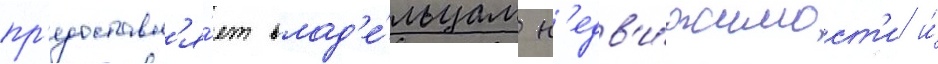
пр'едоставл'я́ет влад'е́льцам н'едв'и́жимост'и и́